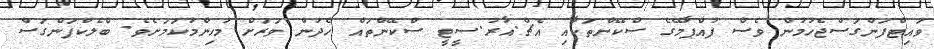
ވައިޓްފަންގަސްޖެހުމުން ވެސް ފުއްޕާމޭގެ ސްކޭންތަކާއި އެޗް.އާރު.ސީޓީ ސްކޭންތައް ހެދުން ވަރަށް މުހިންމުކަމަށެވެ. ބްލެކްފަންގަސް